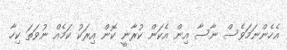
އެހެންނަމަވެސް ނާސާ އިން އެކަން ކުރާނީ ކޮން އިރަކު ކަމެއް ނުވަތަ ކިހާ